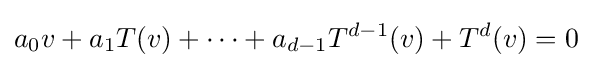
a_{0}v+a_{1}T(v)+\cdots +a_{d-1}T^{d-1}(v)+T^{d}(v)=0